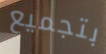
بتجميع